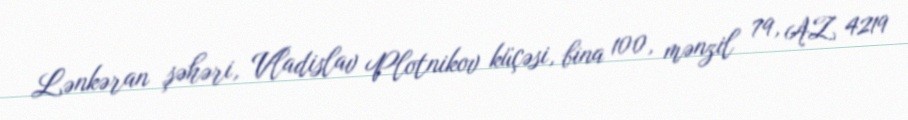
Lənkəran şəhəri, Vladislav Plotnikov küçəsi, bina 100, mənzil 79, AZ 4219